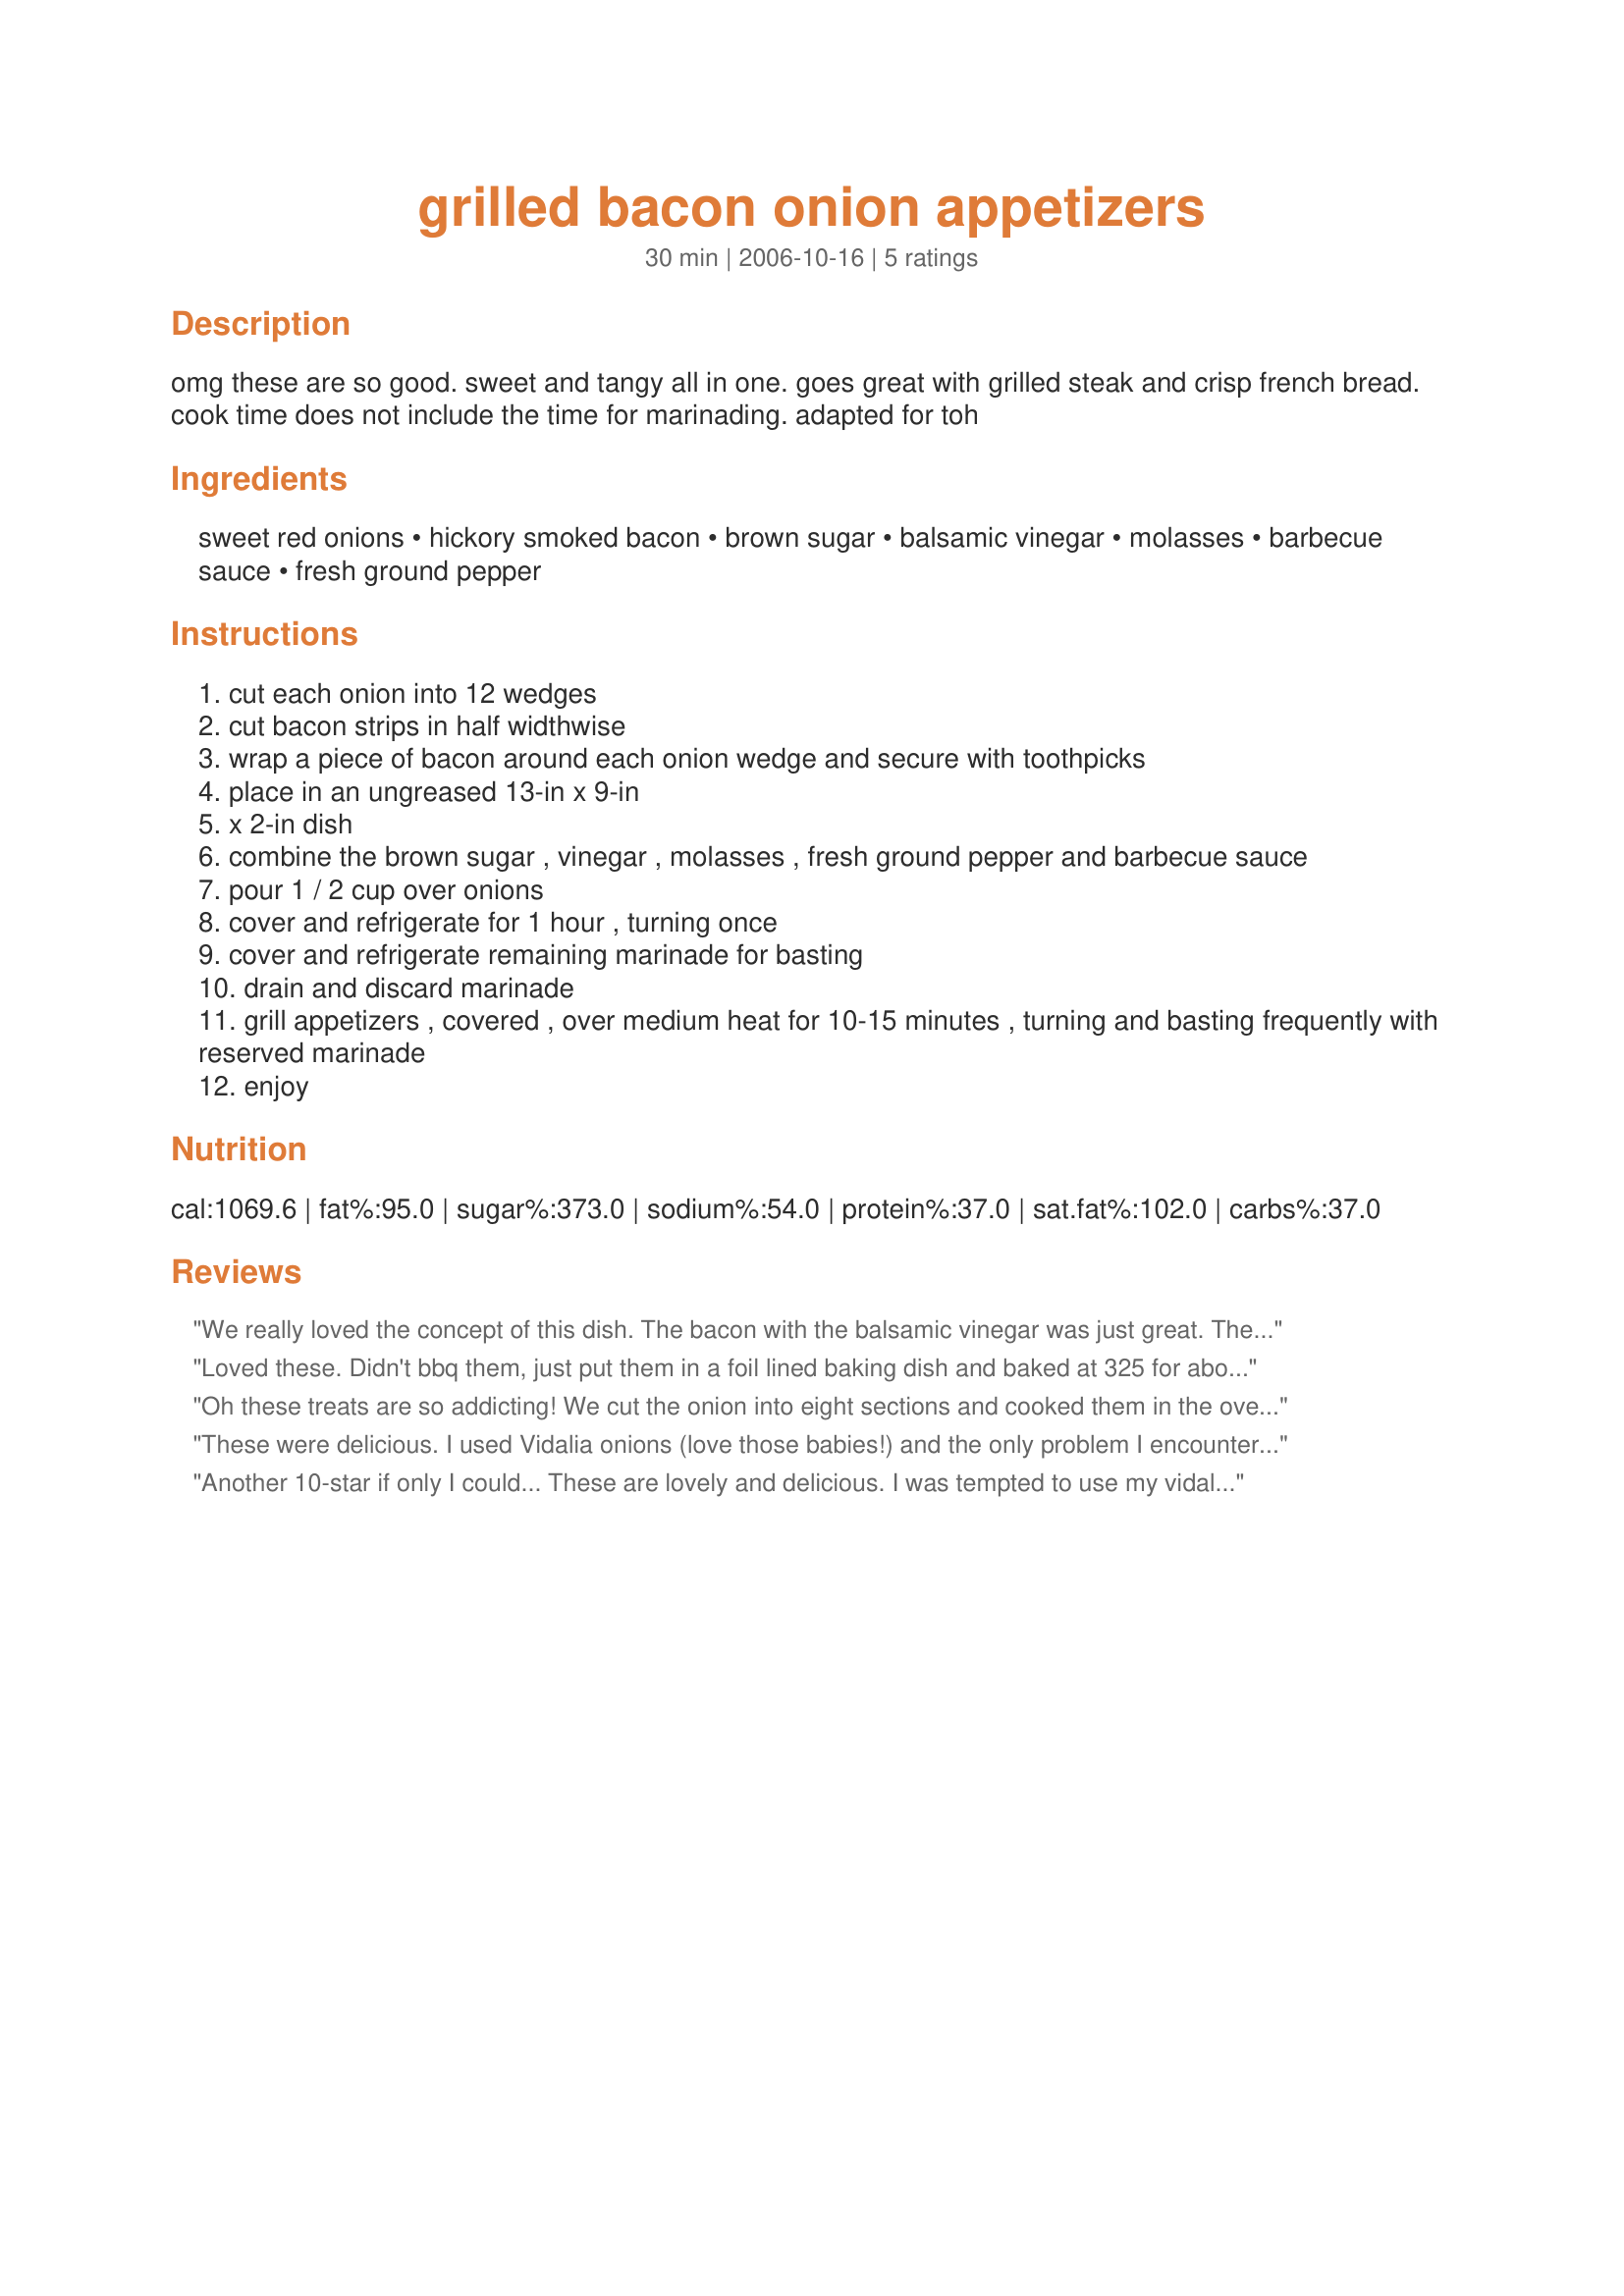
grilled bacon onion appetizers
Preparation time: 30 minutes

omg these are so good. sweet and tangy all in one. goes great with grilled steak and crisp french bread. cook time does not include the time for marinading. adapted for toh

Ingredients:
sweet red onions, hickory smoked bacon, brown sugar, balsamic vinegar, molasses, barbecue sauce, fresh ground pepper

Steps:
cut each onion into 12 wedges
cut bacon strips in half widthwise
wrap a piece of bacon around each onion wedge and secure with toothpicks
place in an ungreased 13-in x 9-in
x 2-in dish
combine the brown sugar , vinegar , molasses , fresh ground pepper and barbecue sauce
pour 1 / 2 cup over onions
cover and refrigerate for 1 hour , turning once
cover and refrigerate remaining marinade for basting
drain and discard marinade
grill appetizers , covered , over medium heat for 10-15 minutes , turning and basting frequently with reserved marinade
enjoy

Reviews:
We really loved the concept of this dish. The bacon with the balsamic vinegar was just great. The red onions seamed to be overpowering for us. The flavor of the onion was very dominate. I would use walla walla sweet onions next time. This is a wonderful BBQ grill recipe. Thanks for posting. :)
Loved these. Didn't bbq them, just put them in a foil lined baking dish and baked at 325 for about 45 minutes. Will definetly make again, maybe tonight!
Oh these treats are so addicting! We cut the onion into eight sections and cooked them in the oven (in a foil lined pan for easy clean up) at 350F for 40 minutes. We also cut them leaving the root intact to help hold them together. No basting, we used all the sauce for cooking then drizzled that over tops to serve. This is an exceptionally wonderful recipe. Thanks for posting! :)
These were delicious. I used Vidalia onions (love those babies!) and the only problem I encountered was a bit of flare-up on the grill due to the brown sugar. Just grab your spray bottle, and enjoy!!
Another 10-star if only I could...
These are lovely and delicious. I was tempted to use my vidalias, but decided to go with the sweet red onion and it was a great choice. The marinade is wonderful.
I don't have a grill, so I remembered Alton...who said that a broiler is simply a grill upside down. It worked beautifully. I pulled them out to baste every five minutes. I am SO glad I tagged these! Thanks, ~Nimz~
